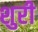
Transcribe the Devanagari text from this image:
शुरी